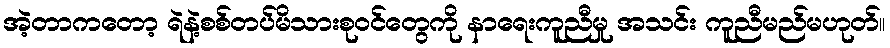
အဲ့တာကတော့ ရဲနဲ့စစ်တပ်မိသားစုဝင်တွေကို နာရေးကူညီမှု အသင်း ကူညီမည်မဟုတ်။